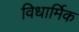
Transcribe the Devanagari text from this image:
विधार्मिक